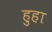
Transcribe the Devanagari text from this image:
हुहा